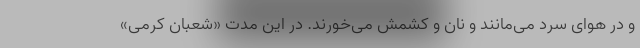
و در هوای سرد می‌مانند و نان و کشمش می‌خورند. در این مدت «شعبان کرمی»